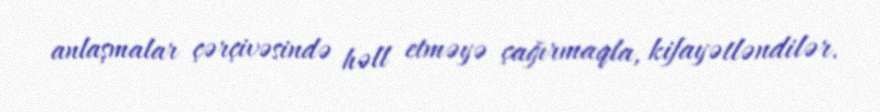
anlaşmalar çərçivəsində həll etməyə çağırmaqla, kifayətləndilər.